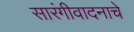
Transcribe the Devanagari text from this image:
सारंगीवादनाचे